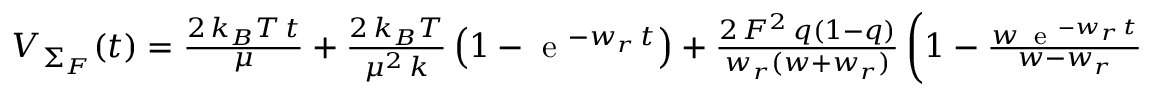
\begin{array} { r } { { \cal V } _ { \Sigma _ { F } } ( t ) = \frac { 2 \, k _ { B } T \, t } { \mu } + \frac { 2 \, k _ { B } T } { \mu ^ { 2 } \, k } \left( 1 - \mathrm { ~ e ~ } ^ { - w _ { r } \, t } \right) + \frac { 2 \, { \cal F } ^ { 2 } \, q ( 1 - q ) } { w _ { r } ( w + w _ { r } ) } \left( 1 - \frac { w \, \mathrm { ~ e ~ } ^ { - w _ { r } \, t } } { w - w _ { r } } + \frac { w _ { r } \, \mathrm { ~ e ~ } ^ { - w \, t } } { w - w _ { r } } \right) \, . } \end{array}